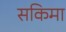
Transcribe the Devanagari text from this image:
सकिमा